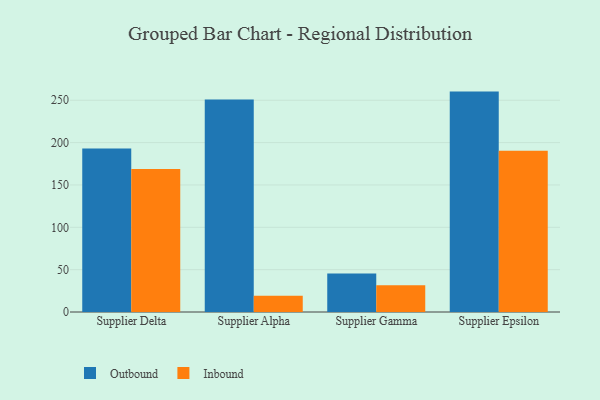
{"axis": {"x": "Supplier", "y": "Latency (ms)"}, "legend": ["Inbound", "Outbound"], "data": [{"x": "Supplier Delta", "y": 193.0, "type": "Outbound"}, {"x": "Supplier Delta", "y": 168.8, "type": "Inbound"}, {"x": "Supplier Alpha", "y": 250.9, "type": "Outbound"}, {"x": "Supplier Alpha", "y": 19.2, "type": "Inbound"}, {"x": "Supplier Gamma", "y": 45.4, "type": "Outbound"}, {"x": "Supplier Gamma", "y": 31.6, "type": "Inbound"}, {"x": "Supplier Epsilon", "y": 260.2, "type": "Outbound"}, {"x": "Supplier Epsilon", "y": 190.5, "type": "Inbound"}]}